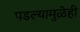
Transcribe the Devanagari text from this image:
पडल्यामुळेही